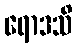
ရောဒသိ